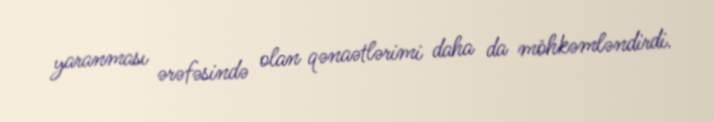
yaranması ərəfəsində olan qənaətlərimi daha da möhkəmləndirdi.